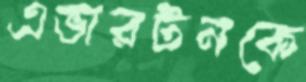
এভারটনকে